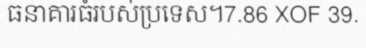
ធនាគារធំរបស់ប្រទេស។7.86 XOF 39.